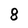
Character: 8